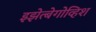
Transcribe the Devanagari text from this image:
इझेत्बेगोव्हिश